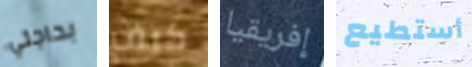
بحاجتي كيف إفريقيا أستطيع